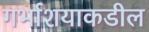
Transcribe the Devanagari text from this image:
गर्भाशयाकडील